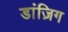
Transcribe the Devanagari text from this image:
डांज़िग